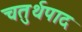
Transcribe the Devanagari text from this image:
चतुर्थपाद